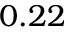
0 . 2 2